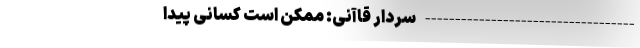
----------------------------------- سردار قاآنی: ممکن است کسانی پیدا